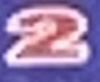
2